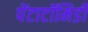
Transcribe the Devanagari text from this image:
पेंटाटॉमिडी